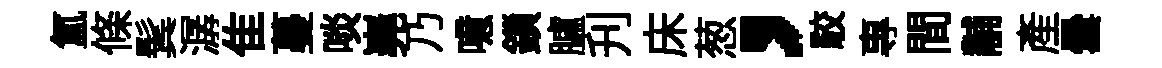
氲條鬂潺隹蔓啖嶤乃噫鎻臚刋床葱，駮專間黼產曇